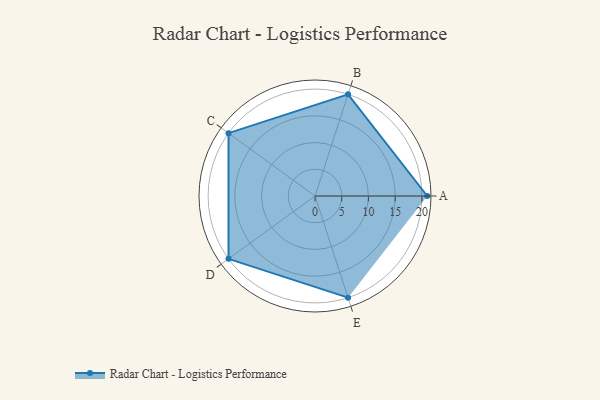
{"axis": {"x": "Skill", "y": "Score"}, "legend": ["Profile"], "data": [{"x": "A", "y": 21.0, "type": "Profile"}, {"x": "B", "y": 20, "type": "Profile"}, {"x": "C", "y": 20, "type": "Profile"}, {"x": "D", "y": 20, "type": "Profile"}, {"x": "E", "y": 20, "type": "Profile"}]}